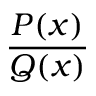
\frac { P ( x ) } { Q ( x ) }